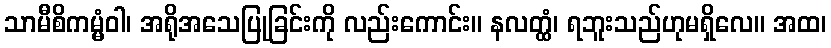
သာမီစိကမ္မံဝါ၊ အရိုအသေပြုခြင်းကို လည်းကောင်း။ နလတ္ထံ၊ ရဘူးသည်ဟုမရှိလေ။ အထ၊